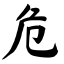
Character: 危